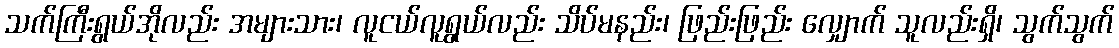
သက်ကြီးရွယ်အိုလည်း အများသား၊ လူငယ်လူရွယ်လည်း သိပ်မနည်း၊ ဖြည်းဖြည်း လျှောက် သူလည်းရှိ၊ သွက်သွက်